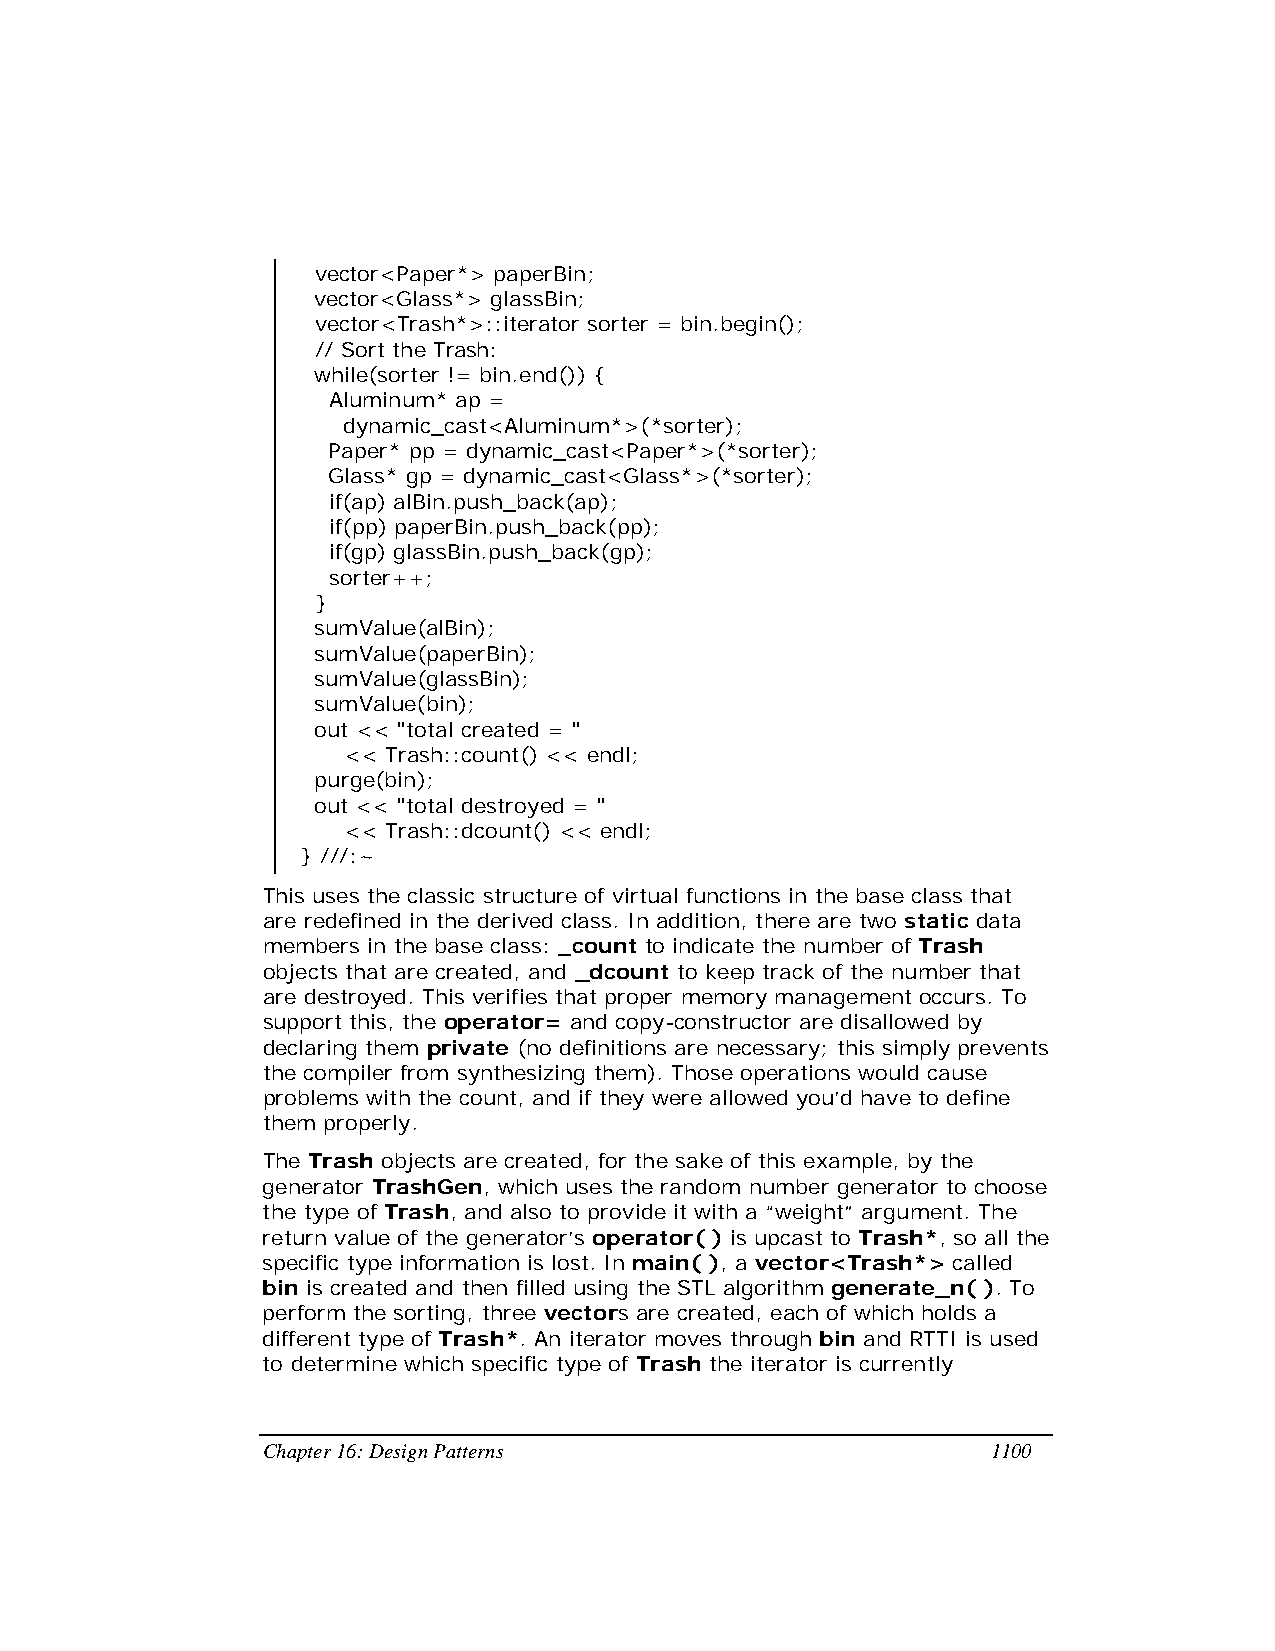
vector<Paper*> paperBin;
 vector<Glass*> glassBin;
 vector<Trash*>::iterator sorter = bin.begin();
 // Sort the Trash:
 while(sorter != bin.end()) {
 Aluminum* ap =
 dynamic_cast<Aluminum*>(*sorter);
 Paper* pp = dynamic_cast<Paper*>(*sorter);
 Glass* gp = dynamic_cast<Glass*>(*sorter);
 if(ap) alBin.push_back(ap);
 if(pp) paperBin.push_back(pp);
 if(gp) glassBin.push_back(gp);
 sorter++;
 }
 sumValue(alBin);
 sumValue(paperBin);
 sumValue(glassBin);
 sumValue(bin);
 out << "total created = "
 << Trash::count() << endl;
 purge(bin);
 out << "total destroyed = "
 << Trash::dcount() << endl;
 } ///:~
 This uses the classic structure of virtual functions in the base class that
 are redefined in the derived class. In addition, there are two static data
 members in the base class: _count to indicate the number of Trash
 objects that are created, and _dcount to keep track of the number that
 are destroyed. This verifies that proper memory management occurs. To
 support this, the operator= and copy-constructor are disallowed by
 declaring them private (no definitions are necessary; this simply prevents
 the compiler from synthesizing them). Those operations would cause
 problems with the count, and if they were allowed you’d have to define
 them properly.
 The Trash objects are created, for the sake of this example, by the
 generator TrashGen, which uses the random number generator to choose
 the type of Trash, and also to provide it with a “weight” argument. The
 return value of the generator’s operator( ) is upcast to Trash*, so all the
 specific type information is lost. In main( ), a vector<Trash*> called
 bin is created and then filled using the STL algorithm generate_n( ). To
 perform the sorting, three vectors are created, each of which holds a
 different type of Trash*. An iterator moves through bin and RTTI is used
 to determine which specific type of Trash the iterator is currently
 Chapter 16: Design Patterns                      1100